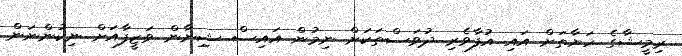
ރިމީޝާގެ ހަޔާތަށް އައި އުފާވެރި ދުވަސްތަކަށް ނިމުން އައިސް ޝިިނާން ވަޒީފާއަށް ނިކުންނަން